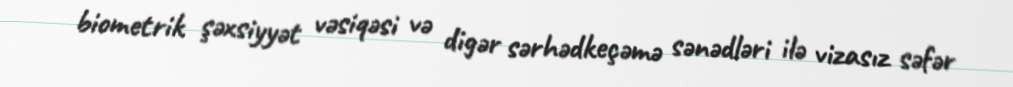
biometrik şəxsiyyət vəsiqəsi və digər sərhədkeçəmə sənədləri ilə vizasız səfər